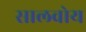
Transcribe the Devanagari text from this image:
सालवोय